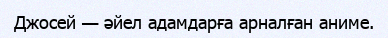
Джосей — әйел адамдарға арналған аниме.